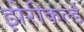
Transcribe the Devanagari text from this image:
झेरीकर्ल्ड